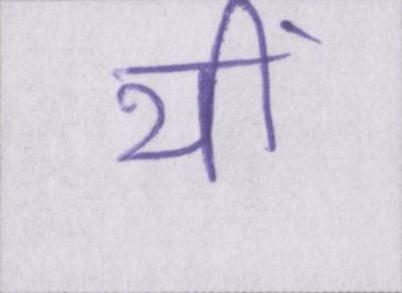
थीं